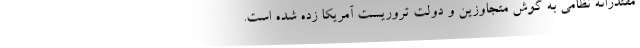
مقتدرانه نظامی به گوش متجاوزین و دولت تروریست آمریکا زده شده است.